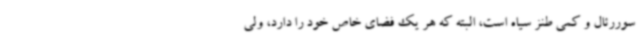
سوررئال و کمی طنز سیاه است، البته که هر یک فضای خاص خود را دارد، ولی